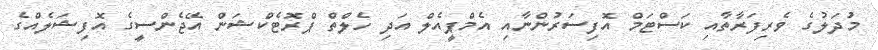
މުދަލުގެ ވެރިފަރާތާއި ކަސްޓަމް އޮފިސަރުންނާއި އެމްޕީއެލް އަދި ހެލްތް ޕްރޮޓެކްޝަން އޭޖެންސީގެ އޮފިޝަލެއްގެ